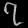
Digit: ၇